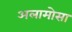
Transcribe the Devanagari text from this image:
अलामोसा